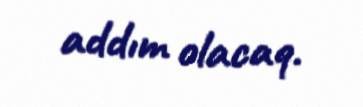
addım olacaq.